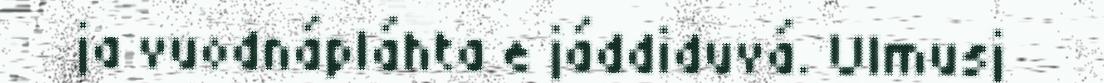
ja vuodnápláhta e jáddiduvá. Ulmusj